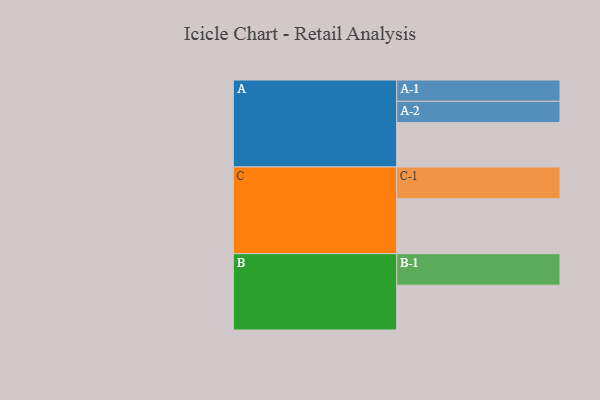
{"axis": {"x": "Segment", "y": "Value"}, "legend": ["", "A", "B", "C"], "data": [{"x": "A", "y": 382, "type": ""}, {"x": "B", "y": 385, "type": ""}, {"x": "C", "y": 472, "type": ""}, {"x": "A-1", "y": 183, "type": "A"}, {"x": "A-2", "y": 183, "type": "A"}, {"x": "B-1", "y": 271, "type": "B"}, {"x": "C-1", "y": 273, "type": "C"}]}